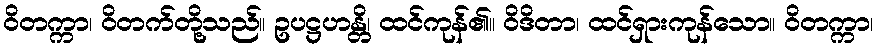
ဝိတက္ကာ၊ ဝိတက်တို့သည်။ ဥပဋ္ဌဟန္တိ၊ ထင်ကုန်၏။ ဝိဒိတာ၊ ထင်ရှားကုန်သော။ ဝိတက္ကာ၊